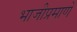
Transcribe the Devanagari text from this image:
भाजीप्रमाणे